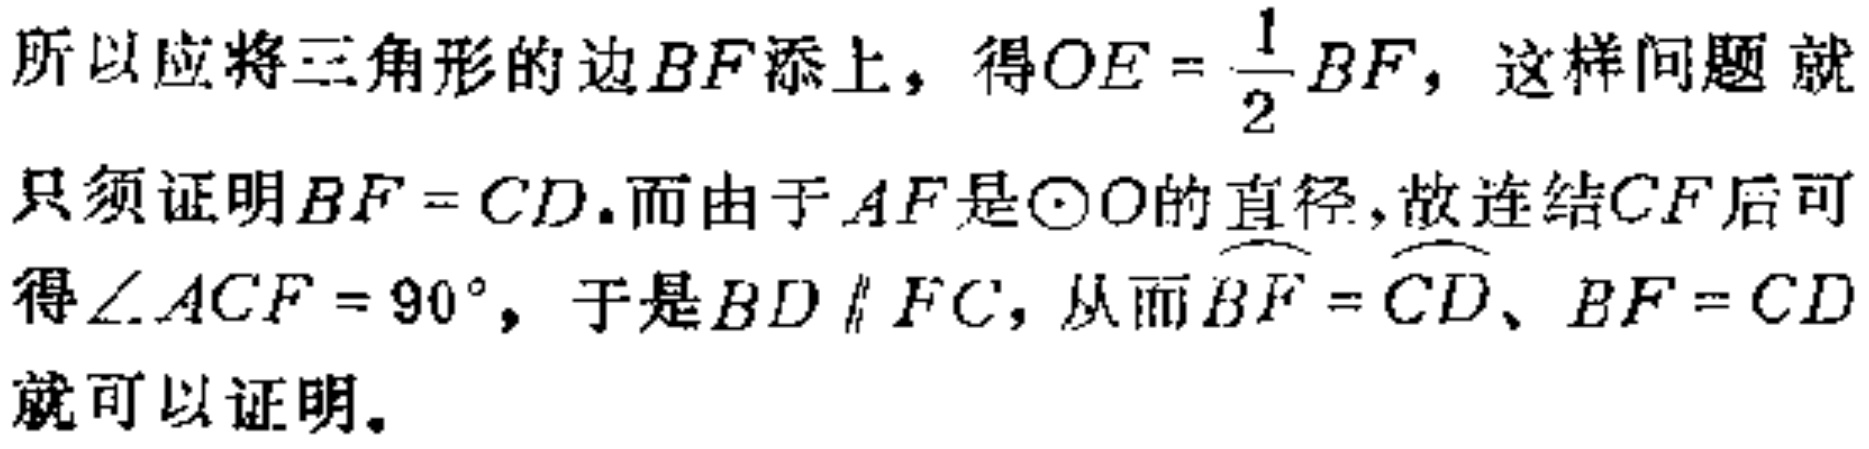
所以应将三角形的边\(BF\)添上，得\(OE = \frac{1}{2}BF\)，这样问题就只须证明\(BF = CD\).而由于\(AF\)是\(\odot O\)的直径，故连结\(CF\)后可得\(\angle ACF = 90^{\circ}\)，于是\(BD \parallel FC\)，从而\(\overset{\frown}{BF} = \overset{\frown}{CD}\)、\(BF = CD\)就可以证明。